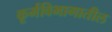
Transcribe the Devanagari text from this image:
कूर्मविभागातील